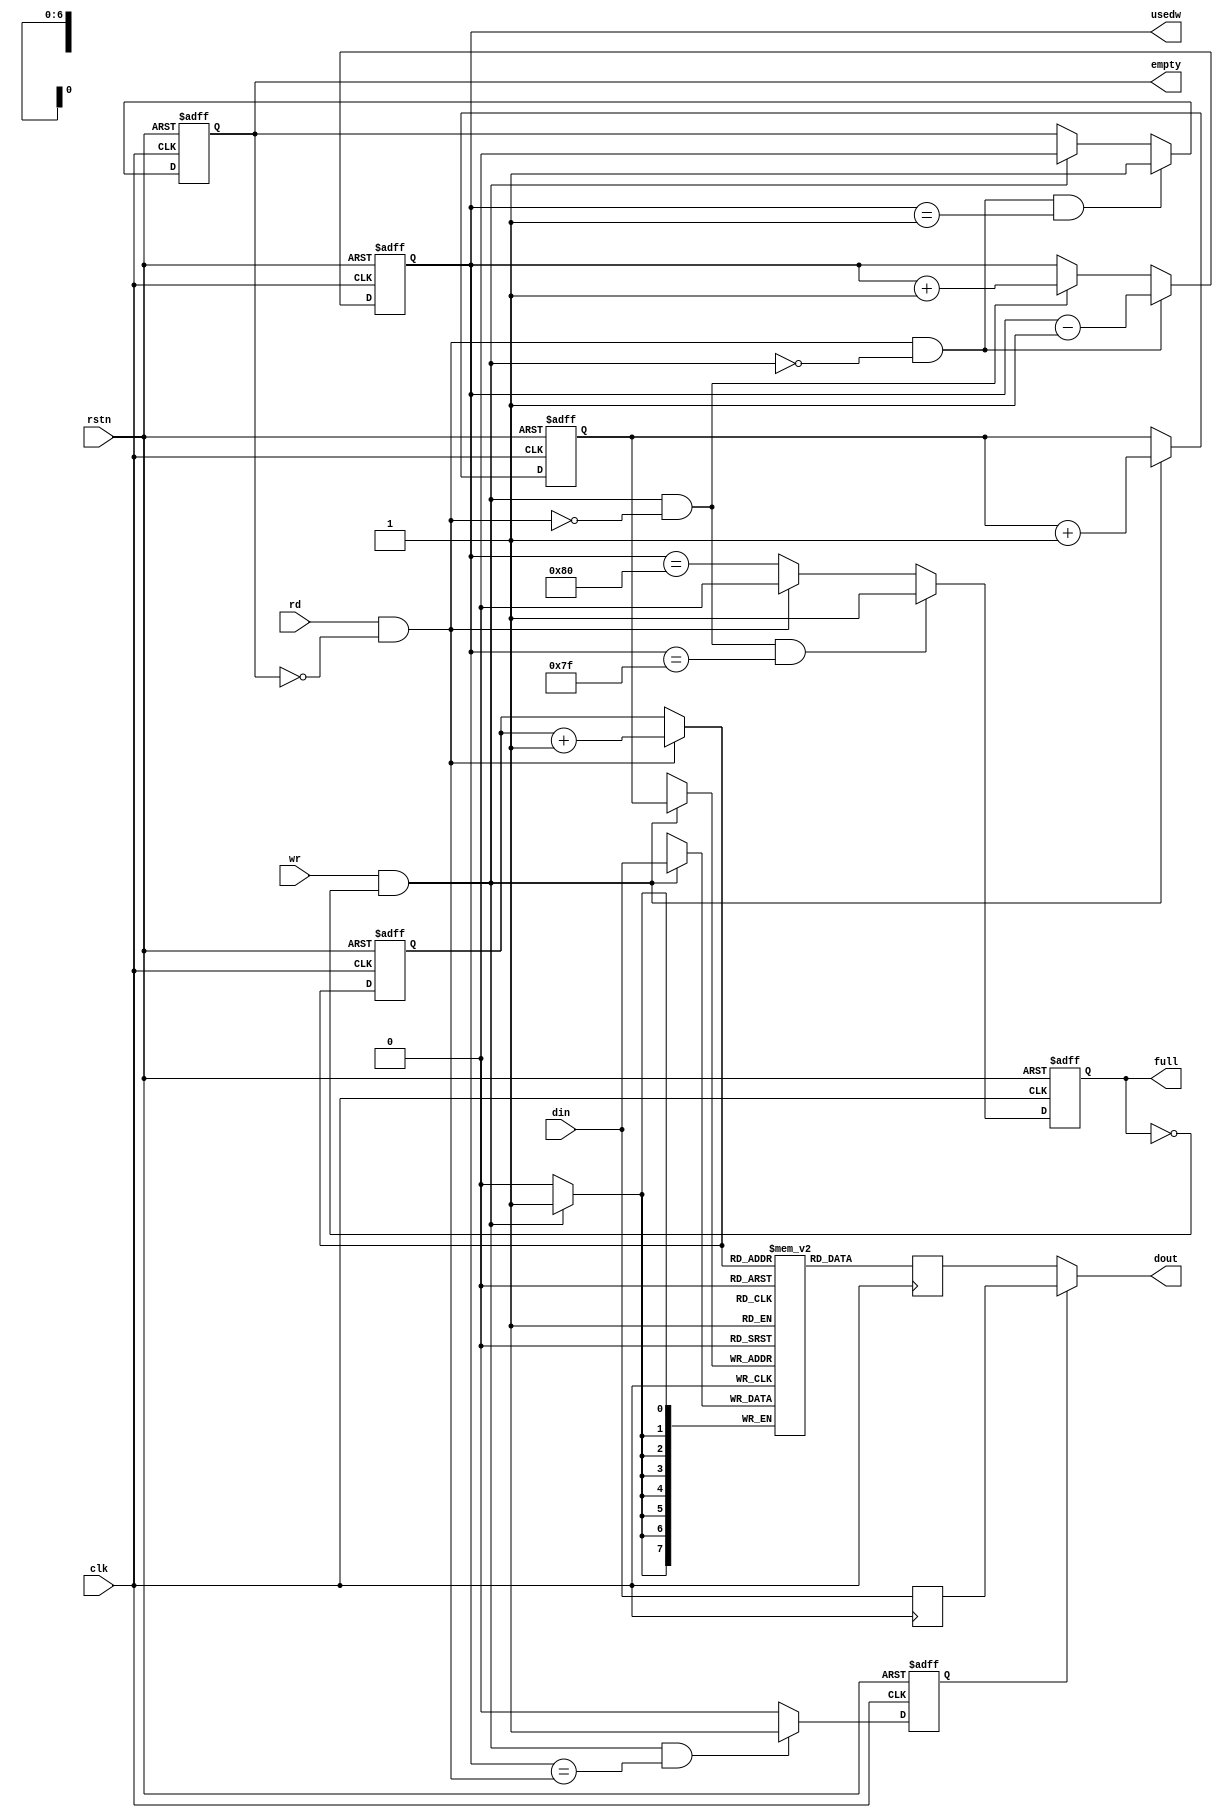
module sync_fifo#(
    parameter DW = 8,
    parameter DEPTH = 128,
    parameter AW = clog2(DEPTH)
)(
    input               clk,
    input               rstn,

    input               rd,
    output      [DW-1:0]dout,
    output  reg         empty,

    input               wr,
    input       [DW-1:0]din,
    output  reg         full,

    output  reg  [AW:0] usedw
);

reg  [DW-1:0]   mem [DEPTH-1:0];
wire [AW-1:0]   rptr_nxt;
wire [AW-1:0]   wptr_nxt;
reg  [AW-1:0]   rptr;
reg  [AW-1:0]   wptr;
wire            empty_set;
wire            empty_clr;
wire            empty_nxt;
wire            full_set;
wire            full_clr;
wire            full_nxt;
reg  [DW-1:0]   q_cache;
reg  [DW-1:0]   q_tmp;
reg             show_ahead;

assign wr_int     = wr & (!full);
assign rd_int     = rd & (!empty);

assign wptr_nxt   = wr_int? wptr + 1 : wptr;
assign rptr_nxt   = rd_int? rptr + 1 : rptr;

// set has higher priority over clear
assign empty_set  = rd_int && !wr_int && (usedw == 1);
assign empty_clr  = wr_int;
assign empty_nxt  = empty_set ? 1'b1 :
                    empty_clr ? 1'b0 : empty;

// set has higher priority over clear
assign full_set = wr_int && !rd_int && (usedw == DEPTH - 1);
assign full_clr = rd_int;
assign full_nxt = full_set ? 1'b1 : 
                  full_clr ? 1'b0 : (usedw == DEPTH);

always @(posedge clk or negedge rstn) 
begin
    if(!rstn) begin
        wptr        <= 0;
        rptr        <= 0;
        empty       <= 1'b1;
        full        <= 1'b0;
        show_ahead  <= 1'b0;
    end
    else begin
        wptr        <= wptr_nxt;
        rptr        <= rptr_nxt;
        empty       <= empty_nxt;
        full        <= full_nxt;

        if(wr_int && (usedw == {{AW-1{1'b0}}, rd_int}))
            show_ahead <= 1'b1;
        else 
            show_ahead <= 1'b0;
    end
end



// used word_ints in the fifo
always @(posedge clk or negedge rstn) begin : proc_usedw
    if(!rstn) begin
        usedw <= 0;
    end else if(rd_int && !wr_int) begin
        usedw <= usedw - 1;
    end else if(!rd_int && wr_int) begin
        usedw <= usedw + 1;
    end
end

always @(posedge clk) begin
    if(wr_int)
        mem[wptr] <= din;

    q_tmp   <= mem[rptr_nxt];

    q_cache <= din;

end

assign dout = show_ahead ? q_cache : q_tmp;


function integer clog2;
    input integer depth;
begin
    depth = depth - 1;
    for(clog2 = 1; depth > 1; depth = depth >> 1)
        clog2 = clog2 + 1;
end
endfunction

endmodule // sync_fifo